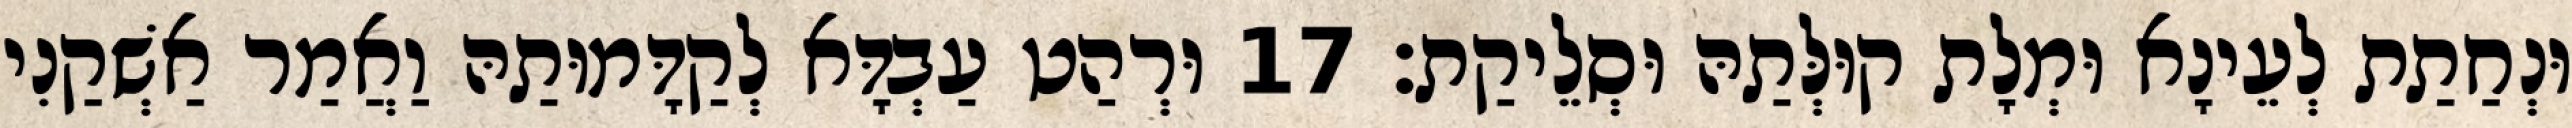
וּנְחַתַת לְעֵינָא וּמְלָת קוּלְּתַהּ וּסְלֵיקַת׃ 17 וּרְהַט עַבְדָּא לְקַדָּמוּתַהּ וַאֲמַר אַשְׁקַנִי